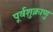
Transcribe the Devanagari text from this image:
पूर्वशुक्राणु